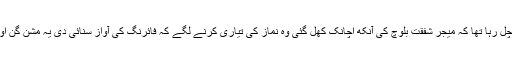
رات کا آخری پہر چل رہا تھا کہ میجر شفقت بلوچ کی آنکھ اچانک کھل گئی وہ نماز کی تیاری کرنے لگے کہ فائرنگ کی آواز سنائی دی یہ مشن گن اور ماٹر کا فائر تھا۔